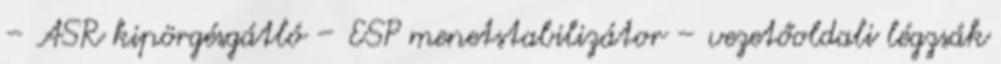
– ASR kipörgésgátló – ESP menetstabilizátor – vezetőoldali légzsák